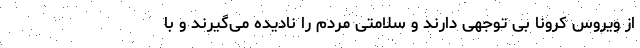
از ویروس کرونا بی توجهی دارند و سلامتی مردم را نادیده می‌گیرند و با